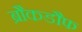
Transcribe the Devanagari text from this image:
ब्रौकडौफ